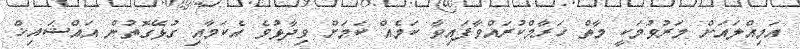
އަމިއްލައަށް މަރުވުމަކީ މާތް ހަރާމްކުރައްވާފައިވާ ކަމެއް ކަމަށް ވިދާޅުވެ އެކަމާއި ގުޅޭގޮތުން އައްޝައިޚް